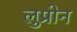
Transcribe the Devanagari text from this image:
लुप्रोन